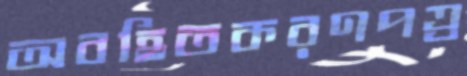
অবহিতকরণপত্র